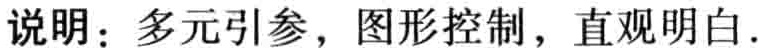
说明：多元引参，图形控制，直观明白.